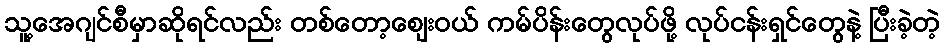
သူ့အေဂျင်စီမှာဆိုရင်လည်း တစ်တော့ဈေးဝယ် ကမ်ပိန်းတွေလုပ်ဖို့ လုပ်ငန်းရှင်တွေနဲ့ ပြီးခဲ့တဲ့